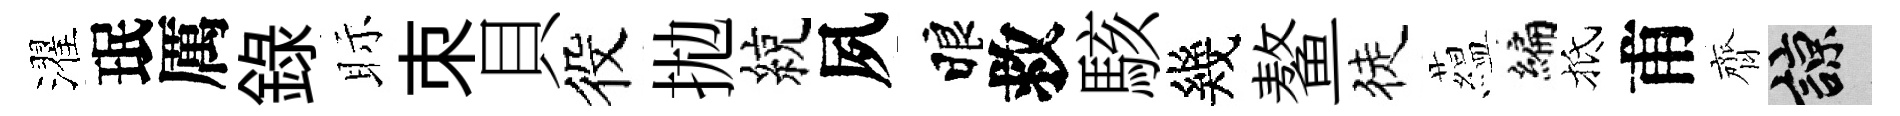
濯珉厲録眎朿貝役拋綂夙睱救駭幾鳌徒藴编抵甫齊諒